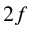
2 f